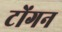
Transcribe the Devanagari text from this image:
टोंगन